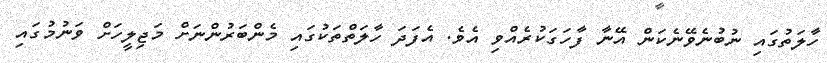
ހާލަތުގައި ނުބުނެވޭނެކަން އޭނާ ފާހަގަކުރެއްވި އެވެ. އެފަދަ ހާލަތްތަކުގައި މެންބަރުންނަށް މަޖިލީހަށް ވަނުމުގައި